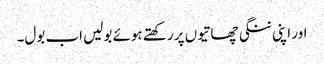
اور اپنی ننگی چھاتیوں پر رکھتے ہوئے بولیں اب بول۔